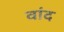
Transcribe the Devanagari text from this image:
वांद